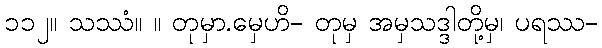
၁၁၂။ သဿံ။ ။ တုမှာ.မှေဟိ- တုမှ အမှသဒ္ဒါတို့မှ၊ ပရဿ-